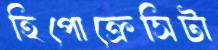
হিপোক্রেসিটা